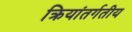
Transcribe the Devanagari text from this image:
क्रियांतर्गतीय